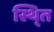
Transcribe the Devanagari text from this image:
स्थि्त